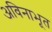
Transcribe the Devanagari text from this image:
अविनाभूत